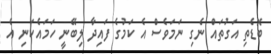
ބޮޑެތި އަގުތައް ނެގި ނަމަވެސް އެ ކަމުގެ ފައިދާ ލިބޭނީ ހަމައެކަނި އެ